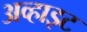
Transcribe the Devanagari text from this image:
अव्हाइट